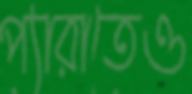
প্যারাতেও